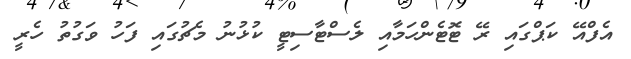
އެފްއޭ ކަޕްގައި ރޭ ޓޮޓެންހަމާއި ލެސްޓާސިޓީ ކުޅުނު މެޗުގައި ފަހު ވަގުތު ހެރީ